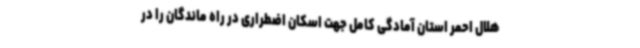
هلال احمر استان آمادگی کامل جهت اسکان اضطراری در راه ماندگان را در